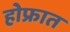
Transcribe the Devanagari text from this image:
होफ्रात